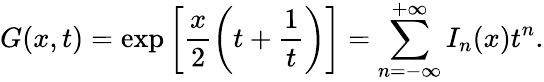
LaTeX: G(x,t)=\exp\left[\frac{x}{2}\left(t+\frac{1}{t}\right)\right]=\sum_{n=-\infty}^{+\infty}I_{n}(x)t^{n}.